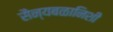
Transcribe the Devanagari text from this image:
सैन्यबळानिशी